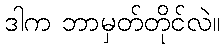
ဒါက ဘာမှတ်တိုင်လဲ။